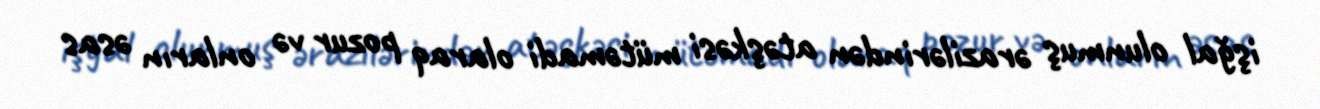
işğal olunmuş ərazilərindən atəşkəsi mütəmadi olaraq pozur və onların əsas